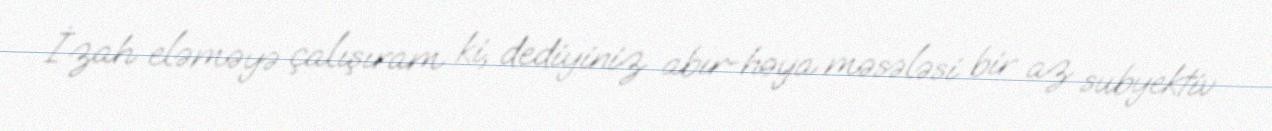
İzah eləməyə çalışıram ki, dediyiniz abır-həya məsələsi bir az subyektiv